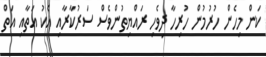
ކަން މިހެން ހުރުމުން ހުރިހާ ދިވެހި ރައްޔިތުންވެސް ސަރުކާރާއި އެކު އަތާއި އަތް